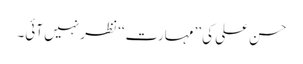
حسن علی کی ’’مہارت‘‘ نظر نہیں آئی۔